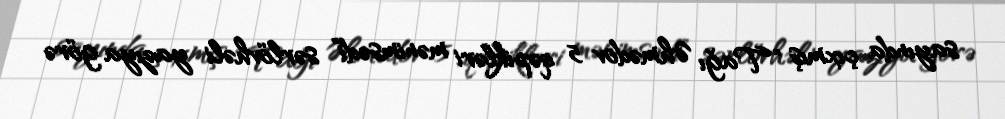
sayında çıxmış “Tağı Əhmədov 5 qəpikləri mənimsədi” sərlövhəli yazıya görə